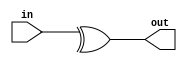
module sparc_ifu_par34 (/*AUTOARG*/
   // Outputs
   out, 
   // Inputs
   in
   );

   input [33:0] in;
   output 	out;

   assign  out = (^in[33:0]);

endmodule